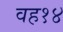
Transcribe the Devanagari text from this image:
वह१४